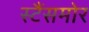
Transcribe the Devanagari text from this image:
स्टैंसमोर